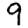
Digit: 9